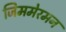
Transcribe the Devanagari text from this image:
जिममेरमन